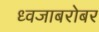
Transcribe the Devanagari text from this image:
ध्वजाबरोबर